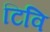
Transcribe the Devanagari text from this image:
टिवि